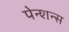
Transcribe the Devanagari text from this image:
पेन्शन्स